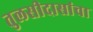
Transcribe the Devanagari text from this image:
तुलसीदासांचा